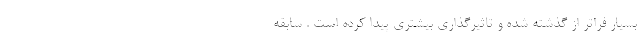
بسیار فراتر از گذشته شده و تاثیرگذاری بیشتری پیدا کرده است . سابقه